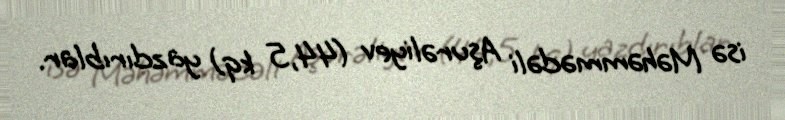
isə Məhəmmədəli Aşurəliyev (44,5 kq) yazdırıblar.